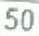
50